Scottish Leaving Certificate Examination, 1956
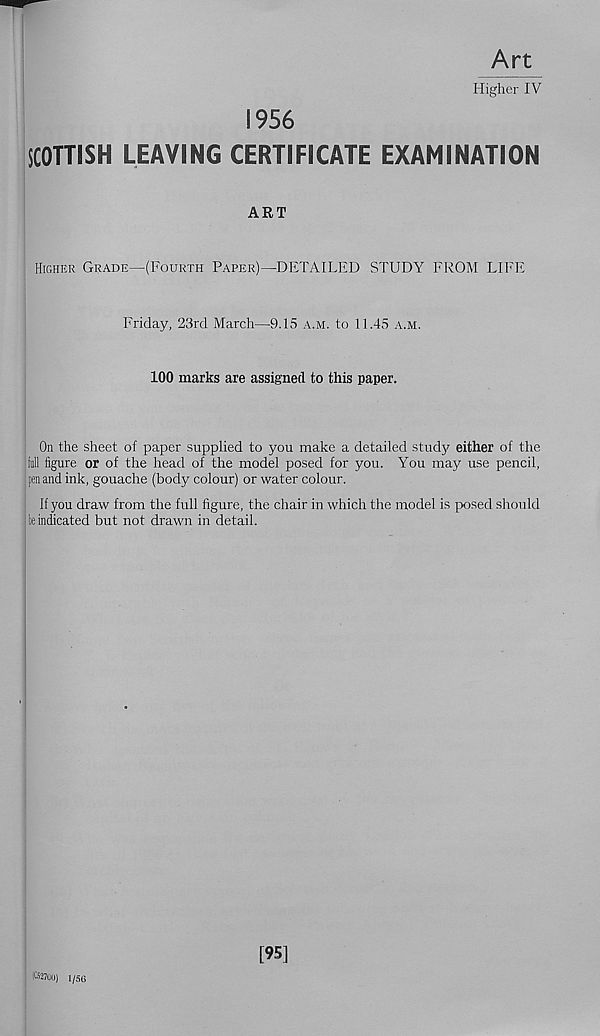
Art
Higher IV
1956
SCOTTISH LEAVING CERTIFICATE EXAMINATION
ART
Higher Grade—(Fourth Paper)—DETAILED STUDY FROM LIFE
Friday, 23rd March—9.13 a.m. to 11.45 a.m.
100 marks are assigned to this paper.
On the sheet of paper supplied to you make a detailed study either of the
lull figure or of the head of the model posed for you. You may use pencil,
pen and ink, gouache (body colour) or water colour.
If you draw from the full figure, the chair in which the model is posed should
be indicated but not drawn in detail.
finoo) 1/56
[95]